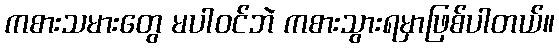
ကစားသမားတွေ မပါဝင်ဘဲ ကစားသွားရမှာဖြစ်ပါတယ်။